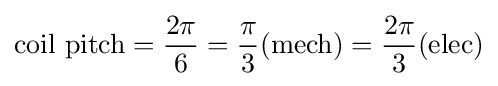
{\text{coil pitch}}={\frac {2\pi }{6}}={\frac {\pi }{3}}({\text{mech}})={\frac {2\pi }{3}}({\text{elec}})